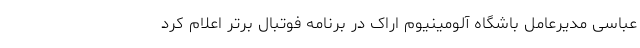
عباسی مدیرعامل باشگاه آلومینیوم اراک در برنامه فوتبال برتر اعلام کرد